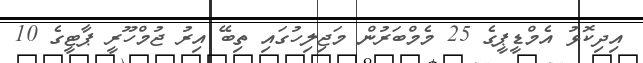
އިދިކޮޅު އެމްޑީޕީގެ 25 މެމްބަރުން މަޖިލިހުގައި ތިބޭ އިރު ޖުމްހޫރީ ޕާޓީގެ 10